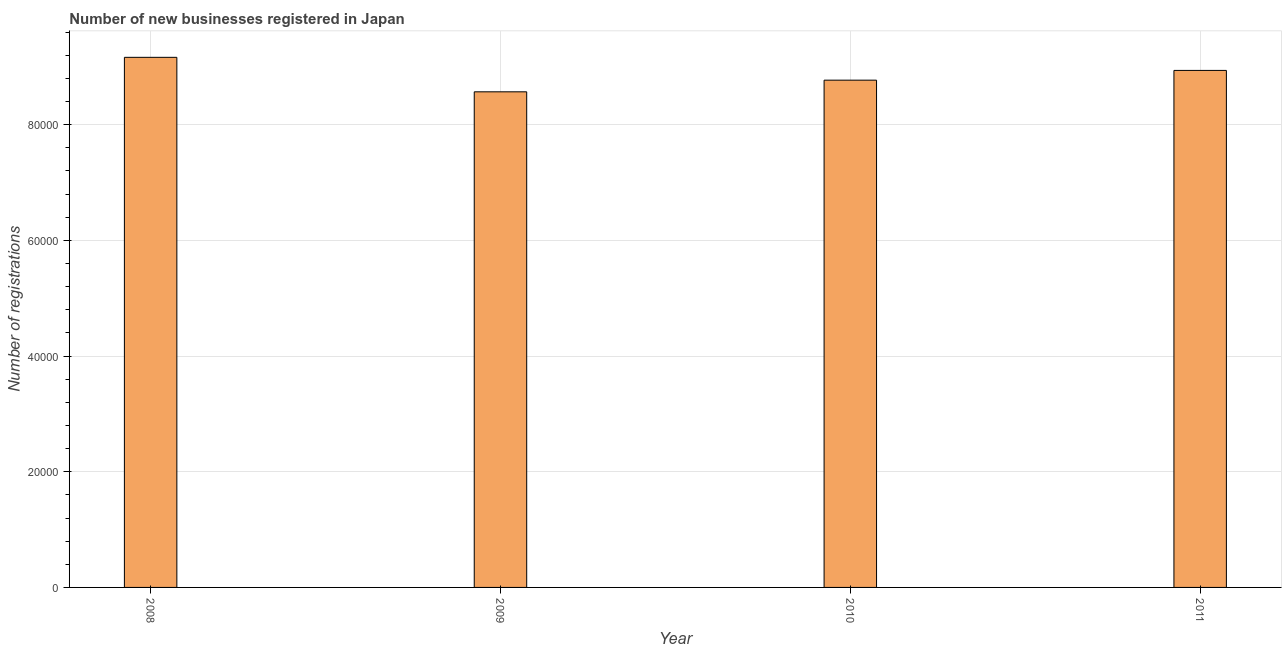
| Year | New businesses |
 | --- | --- |
 | 2008 | 9.16e+04 |
 | 2009 | 8.57e+04 |
 | 2010 | 8.77e+04 |
 | 2011 | 8.94e+04 |